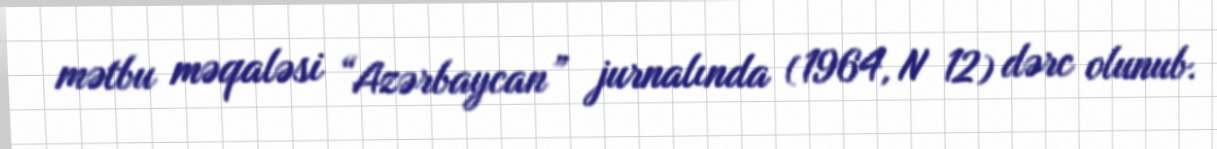
mətbu məqaləsi “Azərbaycan” jurnalında (1964, N 12) dərc olunub.